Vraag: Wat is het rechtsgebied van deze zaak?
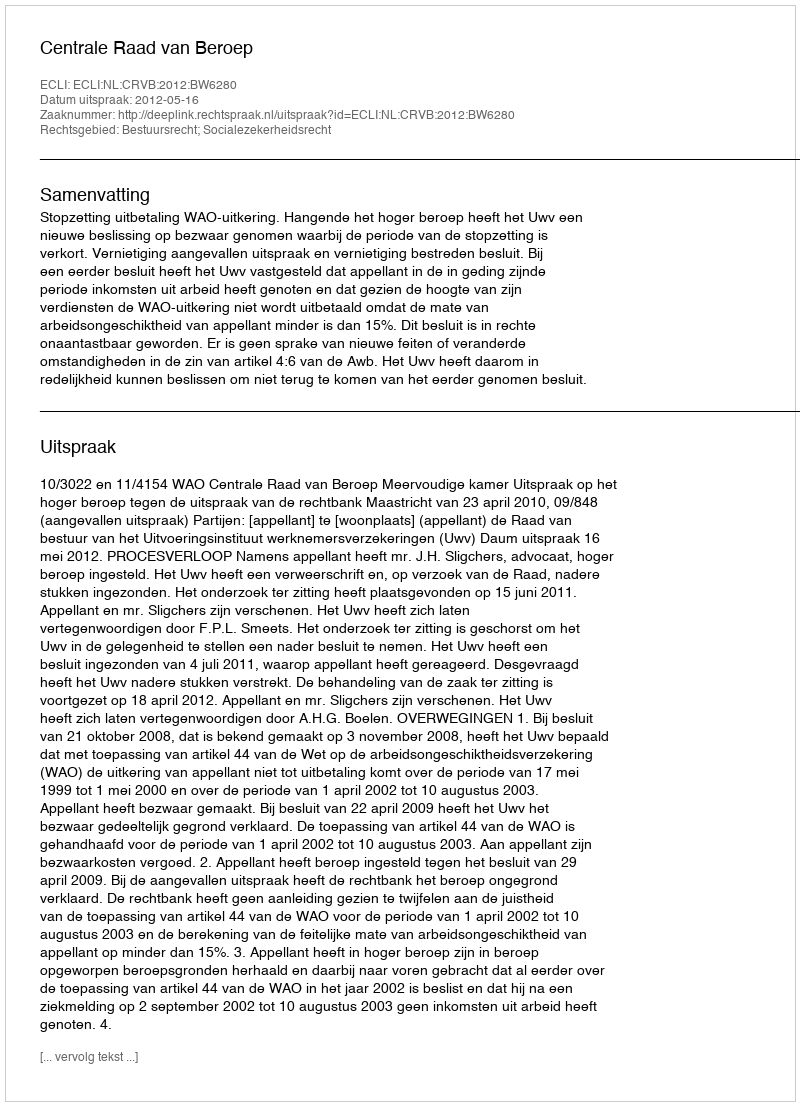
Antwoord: Bestuursrecht; Socialezekerheidsrecht